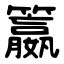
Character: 籝